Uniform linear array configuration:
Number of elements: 48
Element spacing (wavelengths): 0.5
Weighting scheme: kaiser
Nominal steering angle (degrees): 0
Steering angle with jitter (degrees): -0.8796
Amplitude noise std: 0.05
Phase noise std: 0.05

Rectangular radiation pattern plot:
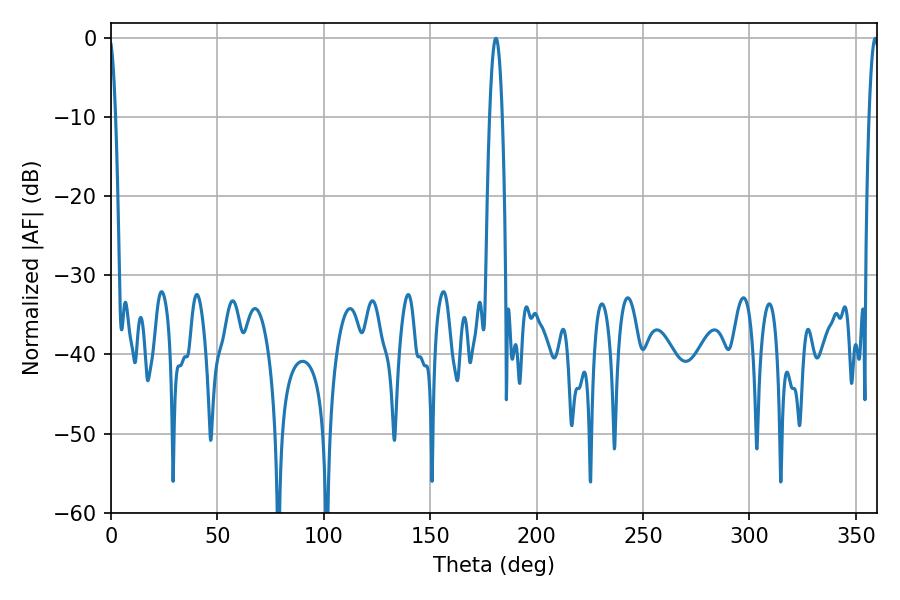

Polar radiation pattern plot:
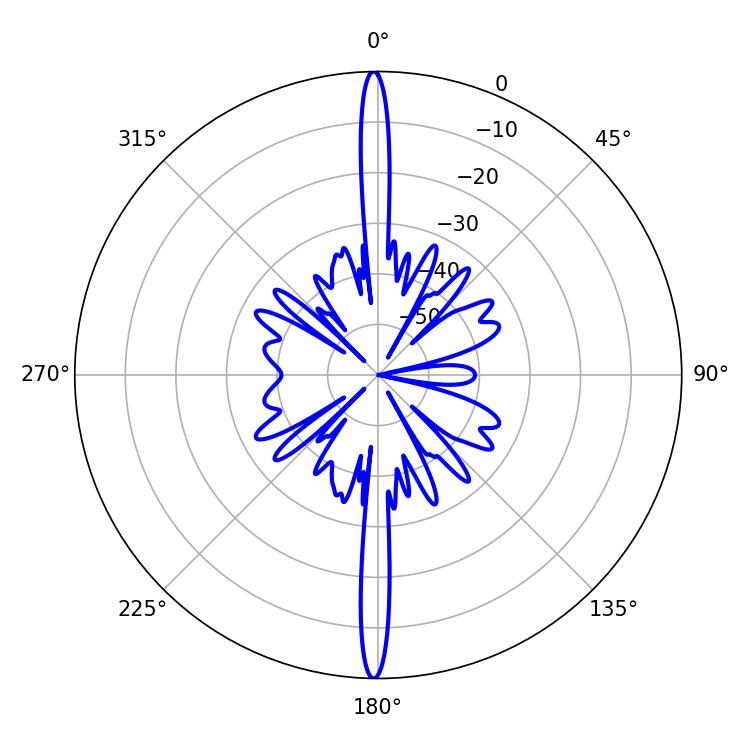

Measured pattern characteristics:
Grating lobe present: FALSE
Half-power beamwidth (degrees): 3.24
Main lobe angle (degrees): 180.9